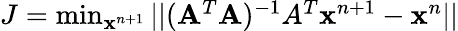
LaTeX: \begin{array}{r}{J=\operatorname*{min}_{\mathbf{x}^{n+1}}||(\mathbf{A}^{T}\mathbf{A})^{-1}A^{T}\mathbf{x}^{n+1}-\mathbf{x}^{n}||}\end{array}